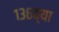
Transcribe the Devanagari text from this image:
१३६व्या